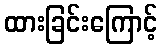
ထားခြင်းကြောင့်